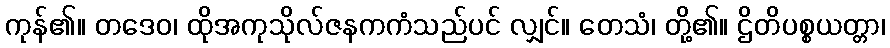
ကုန်၏။ တဒေဝ၊ ထိုအကုသိုလ်ဇနကကံသည်ပင် လျှင်။ တေသံ၊ တို့၏။ ဌိတိပစ္စယတ္တာ၊